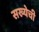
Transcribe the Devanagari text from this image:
सख्येची